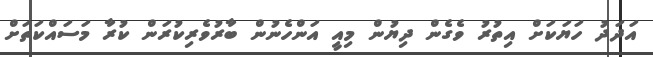
އަދަދު ހަޔަކަށް އިތުރު ވެގެން ދިޔުން މިއީ އަންހެނުން ބާރުވެރިކުރަން ކުރާ މަސައްކަތަށް